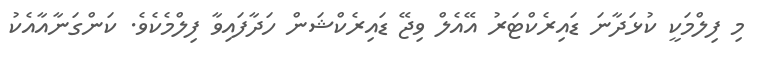
މި ފިލްމަކީ ކުޅަދާނަ ޑައިރެކްޓަރު އޭއެލް ވިޖޭ ޑައިރެކްޝަން ހަދާފައިވާ ފިލްމެކެވެ. ކަންގަނާއާއެކު